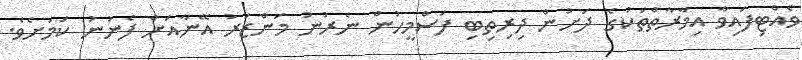
ވެއްޓިފައިވާ އިމާރާތްތަކުގެ ދަށުން ދިރިތިބި ފަސްމީހުން ނެރުނު މަންޒަރު އޭނާއަށް ފެނުނު ކަމަށެވެ.